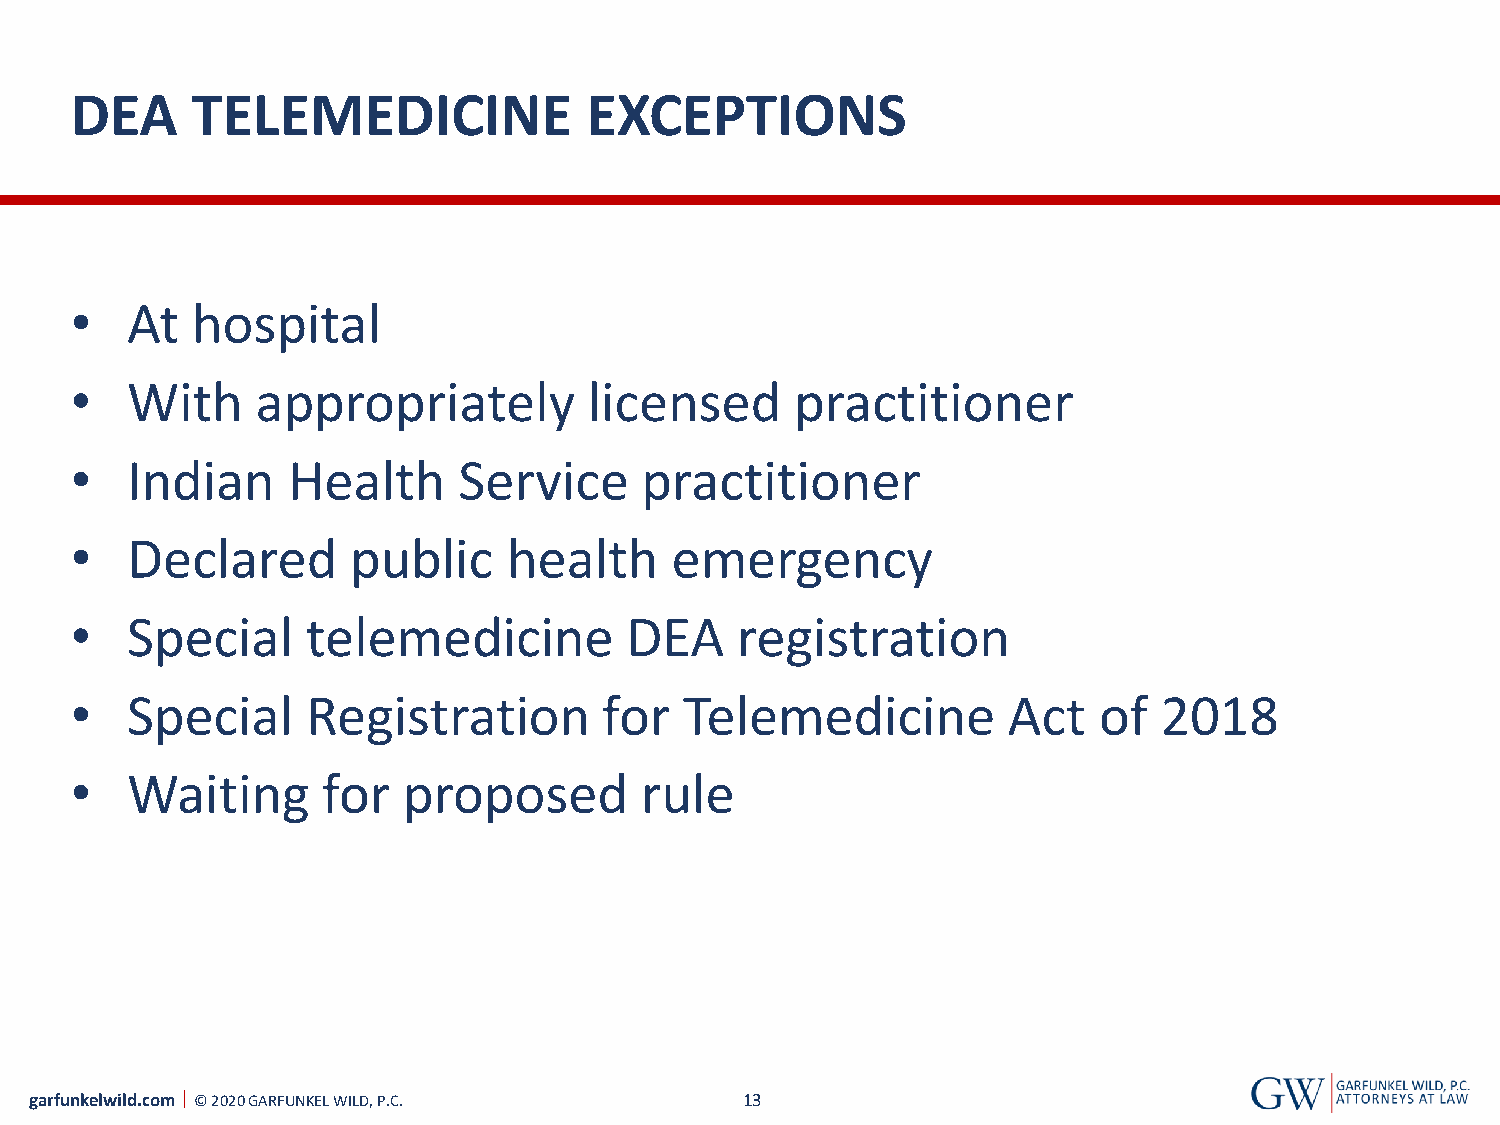
DEA     TELEMEDICINE              EXCEPTIONS
 •  At   hospital
 •  With     appropriately         licensed      practitioner
 •  Indian     Health     Service     practitioner
 •  Declared       public     health    emergency
 •  Special     telemedicine         DEA     registration
 •  Special     Registration        for  Telemedicine          Act   of  2018
 •  Waiting      for   proposed       rule
 garfunkelwild.com © 2020 GARFUNKEL WILD, P.C.  13